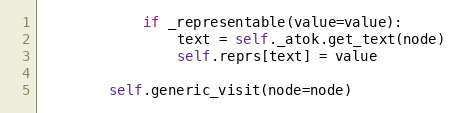
Language: Python
            if _representable(value=value):
                text = self._atok.get_text(node)
                self.reprs[text] = value

        self.generic_visit(node=node)